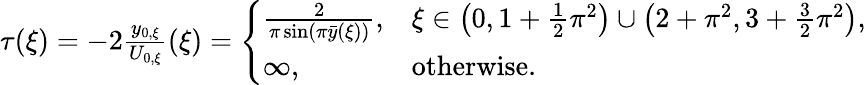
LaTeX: \begin{array}{r}{\tau(\xi)=-2\frac{y_{0,\xi}}{U_{0,\xi}}(\xi)=\left\{ \begin{array}{ll}{\frac{2}{\pi\sin\left(\pi\bar{y}(\xi)\right)},}&{\xi\in\big(0,1+\frac{1}{2}\pi^{2}\big)\cup\big(2+\pi^{2},3+\frac{3}{2}\pi^{2}\big),}\\ {\infty,}&{\mathrm{otherwise}.}\end{array}\right.}\end{array}